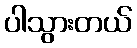
ပါသွားတယ်